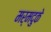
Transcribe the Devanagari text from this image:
मर्मदुके